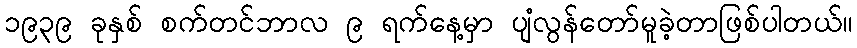
၁၉၃၉ ခုနှစ် စက်တင်ဘာလ ၉ ရက်နေ့မှာ ပျံလွန်တော်မူခဲ့တာဖြစ်ပါတယ်။